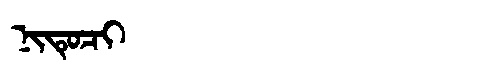
Manchu: ᠨᡳᡨᡠᠴᡳ
Romanization: NITUCI